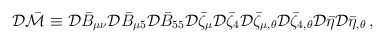
\begin{align*}{\cal D}\bar{\cal M}\equiv{\cal D}\bar{B}_{\mu\nu}{\cal D}\bar{B}_{\mu5}{\cal D}\bar{B}_{55}{\cal D}\bar{\zeta}_{\mu} {\cal D}\bar{\zeta}_{4}{\cal D}\bar{\zeta}_{\mu,\theta} {\cal D}\bar{\zeta}_{4,\theta}{\cal D}\bar{\eta} {\cal D}\bar{\eta}_{,\theta} \,,\end{align*}